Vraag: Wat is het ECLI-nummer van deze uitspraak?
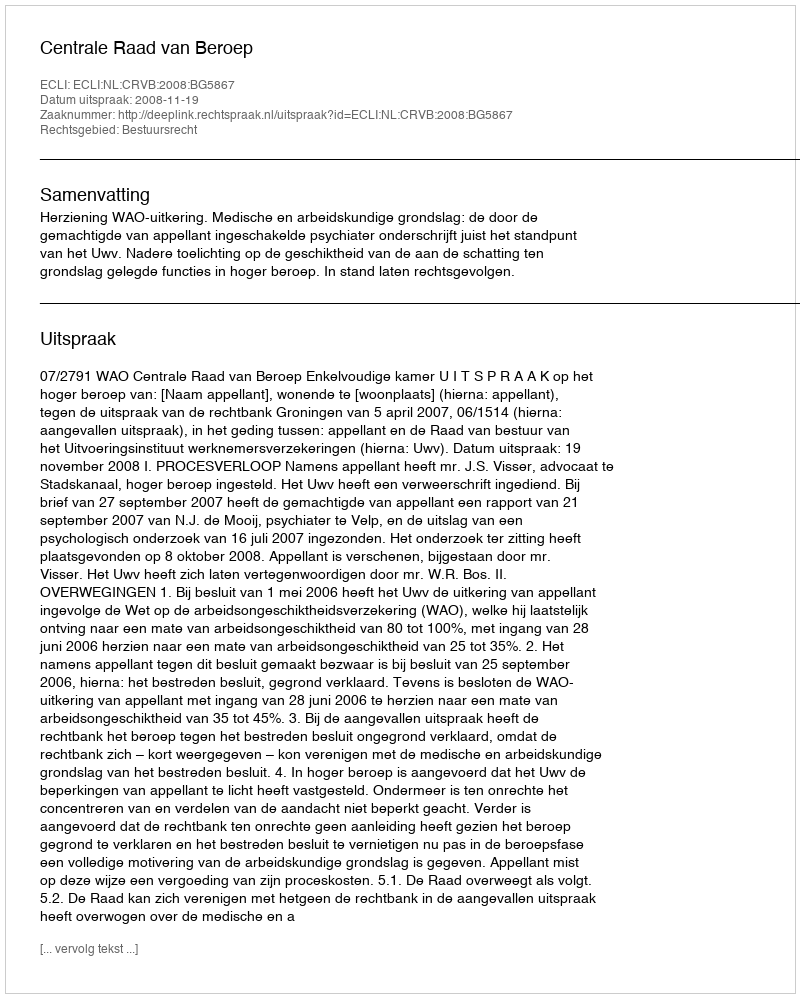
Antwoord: ECLI:NL:CRVB:2008:BG5867